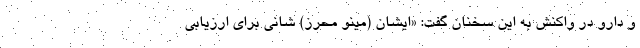
و دارو در واکنش به این سخنان گفت: «ایشان (مینو محرز) شانی برای ارزیابی